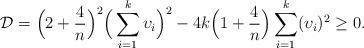
LaTeX: \begin{align*}\mathcal{D}=\Big(2+\frac{4}{n}\Big)^2\Big(\sum_{i=1}^k\upsilon_i\Big)^2-4k\Big(1+\frac{4}{n}\Big)\sum_{i=1}^k(\upsilon_i)^2\geq 0.\end{align*}